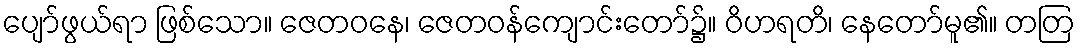
ပျော်ဖွယ်ရာ ဖြစ်သော။ ဇေတဝနေ၊ ဇေတဝန်ကျောင်းတော်၌။ ဝိဟရတိ၊ နေတော်မူ၏။ တတြ